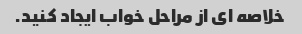
خلاصه ای از مراحل خواب ایجاد کنید.